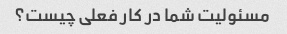
مسئولیت شما در کار فعلی چیست؟